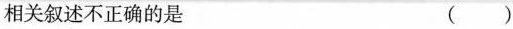
相关叙述不正确的是 ()